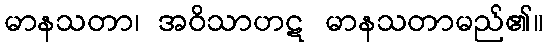
မာနသတာ၊ အဝိသာဟဋ မာနသတာမည်၏။